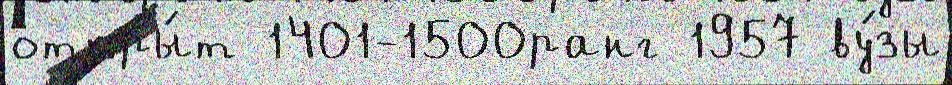
откры́т 1401-1500ранг 1957 ву́зы